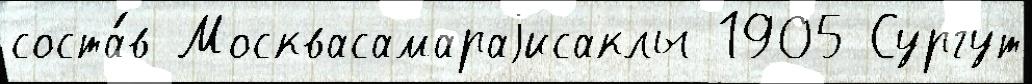
соста́в Москвасамараjисаклы 1905 Сургут